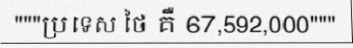
"""ប្រទេស ថៃ គឺ 67,592,000"""